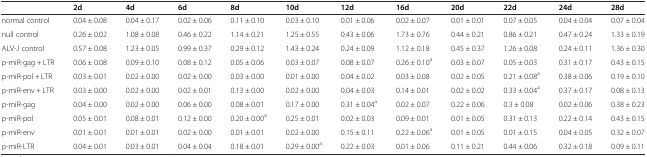
<table><thead><tr><td></td><td><b>2d</b></td><td><b>4d</b></td><td><b>6d</b></td><td><b>8d</b></td><td><b>10d</b></td><td><b>12d</b></td><td><b>16d</b></td><td><b>20d</b></td><td><b>22d</b></td><td><b>24d</b></td><td><b>28d</b></td></tr></thead><tbody><tr><td>normal control</td><td>0.04 ± 0.08</td><td>0.04 ± 0.17</td><td>0.02 ± 0.06</td><td>0.11 ± 0.10</td><td>0.03 ± 0.10</td><td>0.01 ± 0.06</td><td>0.02 ± 0.07</td><td>0.01 ± 0.01</td><td>0.07 ± 0.05</td><td>0.04 ± 0.04</td><td>0.07 ± 0.04</td></tr><tr><td>null control</td><td>0.26 ± 0.02</td><td>1.08 ± 0.08</td><td>0.46 ± 0.22</td><td>1.14 ± 0.21</td><td>1.25 ± 0.55</td><td>0.43 ± 0.06</td><td>1.73 ± 0.76</td><td>0.44 ± 0.21</td><td>0.86 ± 0.21</td><td>0.47 ± 0.24</td><td>1.33 ± 0.19</td></tr><tr><td>ALV-J control</td><td>0.57 ± 0.08</td><td>1.23 ± 0.05</td><td>0.99 ± 0.37</td><td>0.29 ± 0.12</td><td>1.43 ± 0.24</td><td>0.24 ± 0.09</td><td>1.12 ± 0.18</td><td>0.45 ± 0.37</td><td>1.26 ± 0.08</td><td>0.24 ± 0.11</td><td>1.36 ± 0.30</td></tr><tr><td>p-miR-gag + LTR</td><td>0.06 ± 0.08</td><td>0.09 ± 0.10</td><td>0.08 ± 0.12</td><td>0.05 ± 0.06</td><td>0.03 ± 0.07</td><td>0.08 ± 0.07</td><td>0.26 ± 0.10<sup>a</sup></td><td>0.03 ± 0.07</td><td>0.05 ± 0.03</td><td>0.31 ± 0.17</td><td>0.43 ± 0.15</td></tr><tr><td>p-miR-pol + LTR</td><td>0.03 ± 0.01</td><td>0.02 ± 0.00</td><td>0.02 ± 0.00</td><td>0.03 ± 0.00</td><td>0.01 ± 0.00</td><td>0.04 ± 0.02</td><td>0.03 ± 0.08</td><td>0.02 ± 0.05</td><td>0.21 ± 0.08<sup>a</sup></td><td>0.38 ± 0.06</td><td>0.19 ± 0.10</td></tr><tr><td>p-miR-env + LTR</td><td>0.03 ± 0.00</td><td>0.02 ± 0.00</td><td>0.02 ± 0.01</td><td>0.13 ± 0.00</td><td>0.02 ± 0.00</td><td>0.04 ± 0.03</td><td>0.14 ± 0.01</td><td>0.02 ± 0.02</td><td>0.33 ± 0.04<sup>a</sup></td><td>0.37 ± 0.17</td><td>0.08 ± 0.13</td></tr><tr><td>p-miR-gag</td><td>0.04 ± 0.00</td><td>0.02 ± 0.00</td><td>0.06 ± 0.00</td><td>0.08 ± 0.01</td><td>0.17 ± 0.00</td><td>0.31 ± 0.04<sup>a</sup></td><td>0.02 ± 0.07</td><td>0.22 ± 0.06</td><td>0.3 ± 0.08</td><td>0.02 ± 0.06</td><td>0.38 ± 0.23</td></tr><tr><td>p-miR-pol</td><td>0.05 ± 0.01</td><td>0.08 ± 0.01</td><td>0.12 ± 0.00</td><td>0.20 ± 0.00<sup>a</sup></td><td>0.25 ± 0.01</td><td>0.02 ± 0.03</td><td>0.09 ± 0.01</td><td>0.01 ± 0.05</td><td>0.31 ± 0.13</td><td>0.22 ± 0.14</td><td>0.43 ± 0.15</td></tr><tr><td>p-miR-env</td><td>0.01 ± 0.01</td><td>0.01 ± 0.01</td><td>0.02 ± 0.00</td><td>0.01 ± 0.01</td><td>0.02 ± 0.00</td><td>0.15 ± 0.11</td><td>0.22 ± 0.06<sup>a</sup></td><td>0.01 ± 0.05</td><td>0.01 ± 0.15</td><td>0.04 ± 0.05</td><td>0.32 ± 0.07</td></tr><tr><td>p-miR-LTR</td><td>0.04 ± 0.01</td><td>0.03 ± 0.01</td><td>0.04 ± 0.04</td><td>0.18 ± 0.01</td><td>0.29 ± 0.00<sup>a</sup></td><td>0.22 ± 0.03</td><td>0.01 ± 0.06</td><td>0.11 ± 0.21</td><td>0.44 ± 0.06</td><td>0.32 ± 0.18</td><td>0.09 ± 0.11</td></tr></tbody></table>